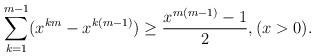
LaTeX: \begin{align*} \sum\limits_{k = 1}^{m - 1} ( x^{km} - x^{k ( m - 1)} ) \ge \frac{ x^{m ( m - 1 )} - 1}{2},( x > 0 ).\end{align*}